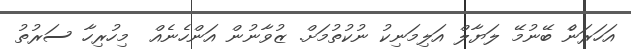
އަހަރަނެް ބޭނުމޭ ލަޔާލް އަލިމަނިކު ނުކުތުމަށް. ޒުވާނުން އަންހެނެއް  މިހުރިހާ ސަރުތު